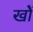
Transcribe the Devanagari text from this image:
खोें